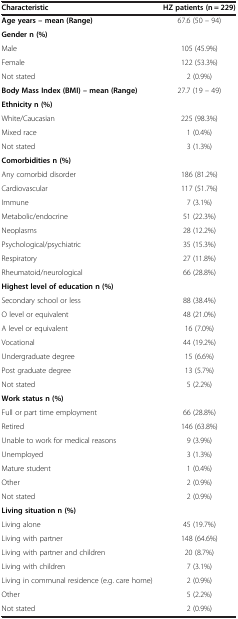
| Characteristic | HZ patients (n = 229) |
 | --- | --- |
 | Age years – mean (Range) | 67.6 (50 – 94) |
 | Gender n (%) |  |
 | Male | 105 (45.9%) |
 | Female | 122 (53.3%) |
 | Not stated | 2 (0.9%) |
 | Body Mass Index (BMI) – mean (Range) | 27.7 (19 – 49) |
 | Ethnicity n (%) |  |
 | White/Caucasian | 225 (98.3%) |
 | Mixed race | 1 (0.4%) |
 | Not stated | 3 (1.3%) |
 | Comorbidities n (%) |  |
 | Any comorbid disorder | 186 (81.2%) |
 | Cardiovascular | 117 (51.7%) |
 | Immune | 7 (3.1%) |
 | Metabolic/endocrine | 51 (22.3%) |
 | Neoplasms | 28 (12.2%) |
 | Psychological/psychiatric | 35 (15.3%) |
 | Respiratory | 27 (11.8%) |
 | Rheumatoid/neurological | 66 (28.8%) |
 | Highest level of education n (%) |  |
 | Secondary school or less | 88 (38.4%) |
 | O level or equivalent | 48 (21.0%) |
 | A level or equivalent | 16 (7.0%) |
 | Vocational | 44 (19.2%) |
 | Undergraduate degree | 15 (6.6%) |
 | Post graduate degree | 13 (5.7%) |
 | Not stated | 5 (2.2%) |
 | Work status n (%) |  |
 | Full or part time employment | 66 (28.8%) |
 | Retired | 146 (63.8%) |
 | Unable to work for medical reasons | 9 (3.9%) |
 | Unemployed | 3 (1.3%) |
 | Mature student | 1 (0.4%) |
 | Other | 2 (0.9%) |
 | Not stated | 2 (0.9%) |
 | Living situation n (%) |  |
 | Living alone | 45 (19.7%) |
 | Living with partner | 148 (64.6%) |
 | Living with partner and children | 20 (8.7%) |
 | Living with children | 7 (3.1%) |
 | Living in communal residence (e.g. care home) | 2 (0.9%) |
 | Other | 5 (2.2%) |
 | Not stated | 2 (0.9%) |